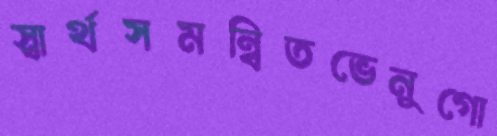
স্বার্থসমন্বিতভেনুগো